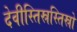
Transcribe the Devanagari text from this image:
देवीस्तिस्रस्तिस्रो